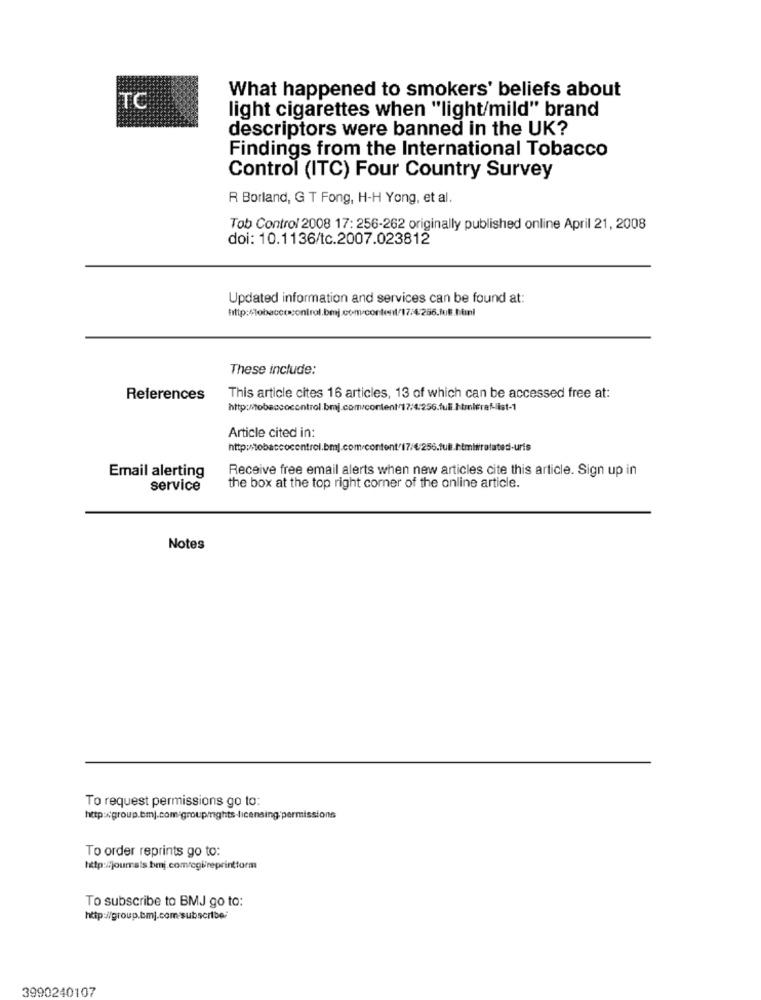
What happened to smokers' beliefs about
TC
light cigarettes when "light/mild" brand
descriptors were banned in the UK?
Findings from the International Tobacco
Control (ITC) Four Country Survey
R Borland, G T Fong, H-H Yong, et al.
Tob Control 2008 17: 256-262 originally published online April 21, 2008
doi: 10.1136/tc.2007.023812
Updated information and services can be found at:
These include:
References
This article cites 16 articles, 13 of which can be accessed free at:
http://tobaccocontrol.bmj.com/content/17:4:256.fuli.htmltraf-list-1
Article cited in:
Receive free email alerts when new articles cite this article. Sign up in
Email alerting
service
the box at the top right corner of the online article.
Notes
To request permissions go to:
http:xgroup.bmj.com/groupmights-licensing'permissions
To order reprints go to:
To subscribe to BMJ go to:
http://group.bmj.com-subscribe/
3990240107